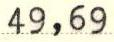
49,69